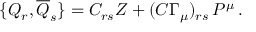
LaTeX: \{ { \cal { Q } } _ { r } , \overline { { { { \cal { Q } } } } } _ { s } \} = C _ { r s } { Z } + ( C \Gamma _ { \mu } ) _ { r s } \, P ^ { \mu } \, .